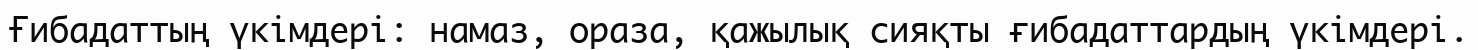
Ғибадаттың үкімдері: намаз, ораза, қажылық сияқты ғибадаттардың үкімдері.